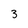
Character: 3